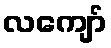
လကျော်